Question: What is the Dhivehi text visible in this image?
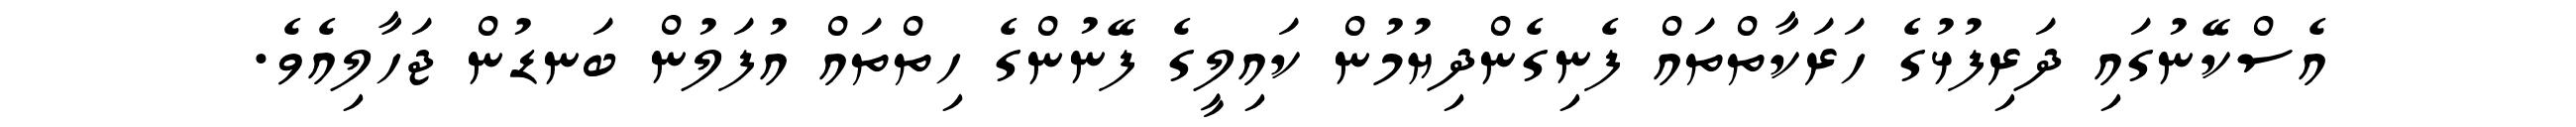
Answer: އެސްކޭނުގައި ދަރިފުޅުގެ ހަރަކާތްތައް ފެނިގެންދިޔުމުން ކައިލީގެ ފޭނުންގެ ހިތްތައް އުފަލުން ބަނޑުން ޖަހާލިއެވެ.